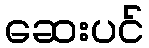
ဆေးပင်